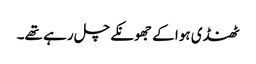
ٹھنڈی ہوا کے جھونکے چل رہے تھے۔